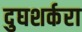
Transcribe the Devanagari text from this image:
दुघशर्करा